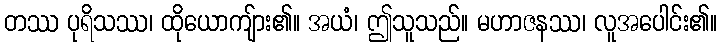
တဿ ပုရိသဿ၊ ထိုယောကျ်ား၏။ အယံ၊ ဤသူသည်။ မဟာဇနဿ၊ လူအပေါင်း၏။